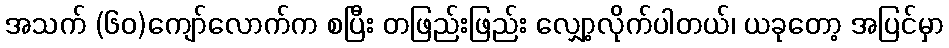
အသက် (၆၀)ကျော်လောက်က စပြီး တဖြည်းဖြည်း လျှော့လိုက်ပါတယ်၊ ယခုတော့ အပြင်မှာ